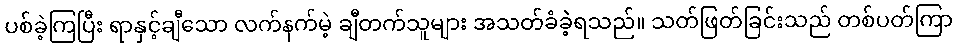
ပစ်ခဲ့ကြပြီး ရာနှင့်ချီသော လက်နက်မဲ့ ချီတက်သူများ အသတ်ခံခဲ့ရသည်။ သတ်ဖြတ်ခြင်းသည် တစ်ပတ်ကြာ